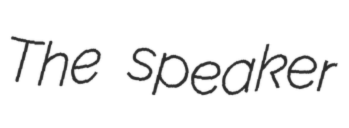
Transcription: The speaker